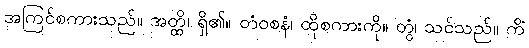
အကြင်စကားသည်။ အတ္ထိ၊ ရှိ၏။ တံဝစနံ၊ ထိုစကားကို။ တွံ၊ သင်သည်။ ကိံ